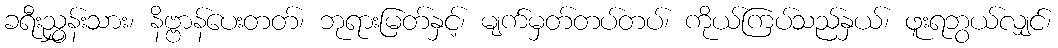
ခရီးညွှန်းသား၊ နိဗ္ဗာန်ပေးတတ်၊ ဘုရားမြတ်နှင့်၊ မျက်မှတ်တပ်တပ်၊ ကိုယ်ကြပ်သည်နှယ်၊ ဖူးရဘွယ်လျှင်၊